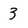
Character: 3